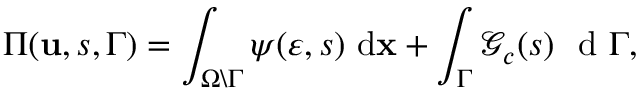
\Pi ( \mathbf { u } , s , \Gamma ) = \int _ { \Omega \backslash \Gamma } \psi ( \boldsymbol \varepsilon , s ) \ \mathrm { d } \mathbf { x } + \int _ { \Gamma } \mathcal { G } _ { c } ( s ) \ \textup { d } \Gamma ,